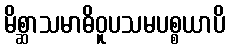
မိစ္ဆာသမာဓိဝူပသမပစ္စယာပိ